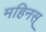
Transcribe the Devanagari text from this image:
महिनस्